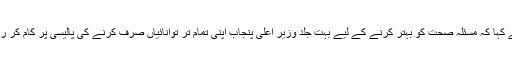
انہوں نے کہا کہ مسئلہ صحت کو بہتر کرنے کے لیے بہت جلد وزیر اعلیٰ پنجاب اپنی تمام تر توانائیاں صرف کرنے کی پالیسی پر کام کر رہے ہیں ۔